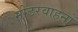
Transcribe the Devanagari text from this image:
मोटरवाहनों